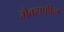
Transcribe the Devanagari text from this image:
मैक्सफील्ड